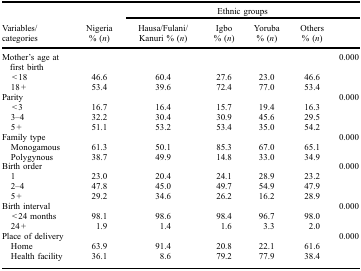
|  |  | <COLSPAN=5> Ethnic groups |
 | Variables/categories | Nigeria% (n) | Hausa/Fulani/Kanuri % (n) | Igbo % (n) | Yoruba % (n) | Others % (n) |  |
 | --- | --- | --- | --- | --- | --- | --- |
 | Mother's age at first birth |  |  |  |  |  | 0.000 |
 | < 18 | 46.6 | 60.4 | 27.6 | 23.0 | 46.6 |  |
 | 18+ | 53.4 | 39.6 | 72.4 | 77.0 | 53.4 |  |
 | Parity |  |  |  |  |  | 0.000 |
 | <3 | 16.7 | 16.4 | 15.7 | 19.4 | 16.3 |  |
 | 3–4 | 32.2 | 30.4 | 30.9 | 45.6 | 29.5 |  |
 | 5+ | 51.1 | 53.2 | 53.4 | 35.0 | 54.2 |  |
 | Family type |  |  |  |  |  | 0.000 |
 | Monogamous | 61.3 | 50.1 | 85.3 | 67.0 | 65.1 |  |
 | Polygynous | 38.7 | 49.9 | 14.8 | 33.0 | 34.9 |  |
 | Birth order |  |  |  |  |  | 0.000 |
 | 1 | 23.0 | 20.4 | 24.1 | 28.9 | 23.2 |  |
 | 2–4 | 47.8 | 45.0 | 49.7 | 54.9 | 47.9 |  |
 | 5+ | 29.2 | 34.6 | 26.2 | 16.2 | 28.9 |  |
 | Birth interval |  |  |  |  |  | 0.000 |
 | <24 months | 98.1 | 98.6 | 98.4 | 96.7 | 98.0 |  |
 | 24+ | 1.9 | 1.4 | 1.6 | 3.3 | 2.0 |  |
 | Place of delivery |  |  |  |  |  | 0.000 |
 | Home | 63.9 | 91.4 | 20.8 | 22.1 | 61.6 |  |
 | Health facility | 36.1 | 8.6 | 79.2 | 77.9 | 38.4 |  |